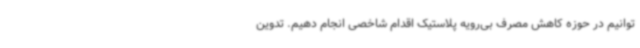
توانیم در حوزه کاهش مصرف بی‌رویه پلاستیک اقدام شاخصی انجام دهیم. تدوین